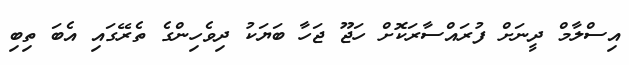
އިސްލާމް ދީނަށް ފުރައްސާރަކޮށް ހަޖޫ ޖަހާ ބަޔަކު ދިވެހިންގެ ތެރޭގައި އެބަ ތިބި